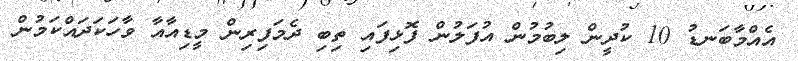
އެއްމާބަނޑު 10 ކުދީން ލިބުމުން އުފަލުން ފޮޅިފައި ތިބި ދެމަފިރިން މީޑިއާއާ ވާހަކަދައްކަމުން